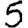
Digit: 5